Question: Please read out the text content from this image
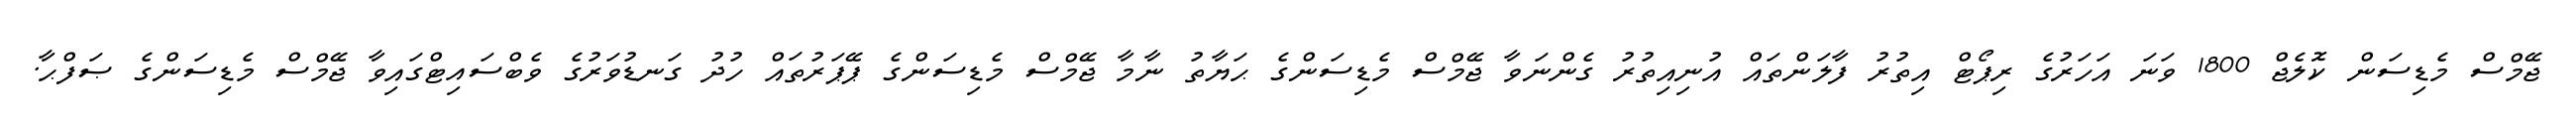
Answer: ޖޭމްސް މެޑިސަން ކޮލެޖް 1800 ވަނަ އަހަރުގެ ރިޕޯޓް އިތުރު ފާލަންތައް އުނިއިތުރު ގެންނަވާ ޖޭމްސް މެޑިސަންގެ ޙަޔާތު ނާމާ ޖޭމްސް މެޑިސަންގެ ޕޭޕަރުތައް ހުދު ގަނޑުވަރުގެ ވެބްސައިޓްގައިވާ ޖޭމްސް މެޑިސަންގެ ޞަފްޙާ.